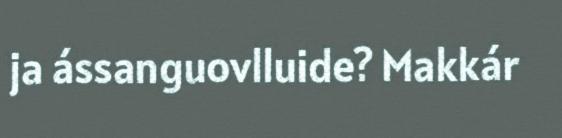
ja ássanguovlluide? Makkár